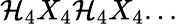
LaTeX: \mathcal{H}_{4}X_{4}\mathcal{H}_{4}X_{4}...